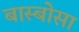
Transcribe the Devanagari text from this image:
बास्बोसा